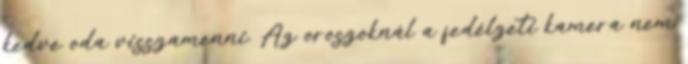
kedve oda visszamenni. Az oroszoknál a fedélzeti kamera nem